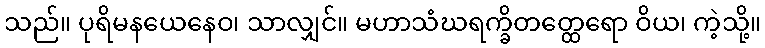
သည်။ ပုရိမနယေနေဝ၊ သာလျှင်။ မဟာသံဃရက္ခိတတ္ထေရော ဝိယ၊ ကဲ့သို့။